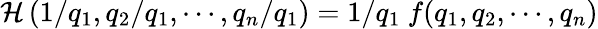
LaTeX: \mathcal{H}\left(1/q_{1},q_{2}/q_{1},\cdots,q_{n}/q_{1}\right)=1/q_{1}\ f(q_{1},q_{2},\cdots,q_{n})